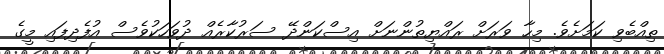
ތިއްބެވި ކަމަށެވެ. މިހާ ވަރަށް ރައްޔިތުންނަށް އިސްކަންދޭ ސަރުކާރެއް ދުވަހަކުވެސް އުފެދިފައި މީގެ